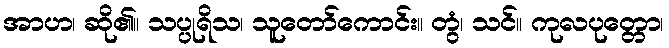
အာဟ၊ ဆို၏။ သပ္ပုရိသ၊ သူတော်ကောင်း။ တွံ၊ သင်။ ကုလပုတ္တော၊